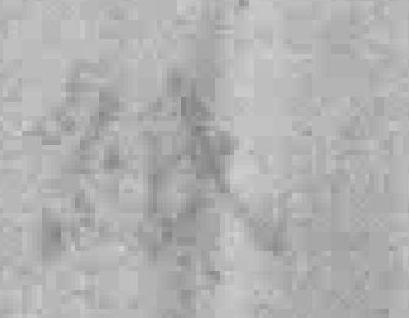
紙